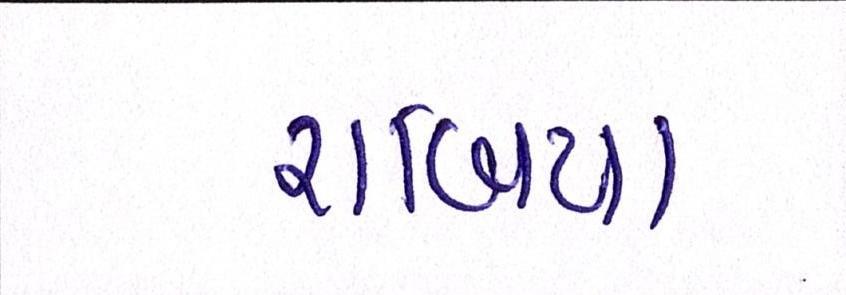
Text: રાબિયા